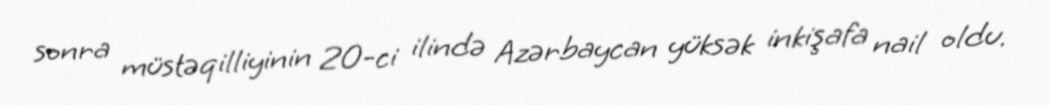
sonra müstəqilliyinin 20-ci ilində Azərbaycan yüksək inkişafa nail oldu.